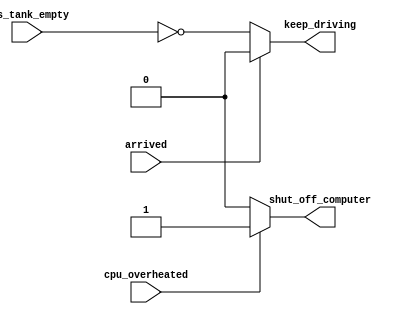
// synthesis verilog_input_version verilog_2001
module top_module (
    input      cpu_overheated,
    output reg shut_off_computer,
    input      arrived,
    input      gas_tank_empty,
    output reg keep_driving  ); //

    // What's the cure to inferred latches? Beatings. JK, it's adding else clauses.
    always @(*) begin
        if (cpu_overheated)
           shut_off_computer = 1;
        else
            shut_off_computer = 0;
    end

    always @(*) begin
        if (~arrived)
           keep_driving = ~gas_tank_empty;
        else
            keep_driving = 0;
    end

endmodule